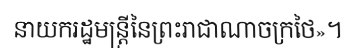
នាយករដ្ឋមន្ត្រីនៃព្រះរាជាណាចក្រថៃ»។